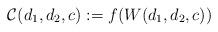
LaTeX: \begin{align*}\mathcal{C}(d_1,d_2,c):=f(W(d_1,d_2,c))\end{align*}